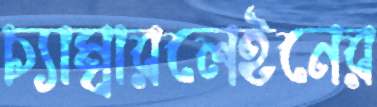
চ্যাম্বারলেইনের